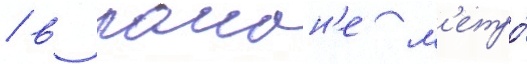
/ в раион'е м'етро́